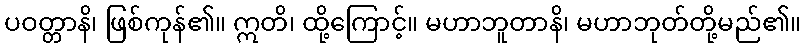
ပဝတ္တာနိ၊ ဖြစ်ကုန်၏။ ဣတိ၊ ထို့ကြောင့်။ မဟာဘူတာနိ၊ မဟာဘုတ်တို့မည်၏။